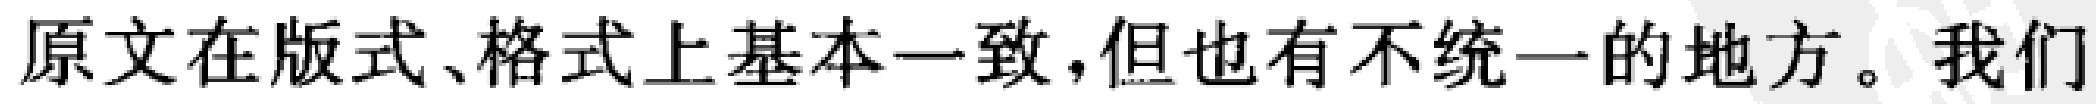
原文在版式、格式上基本一致，但也有不统一的地方。我们